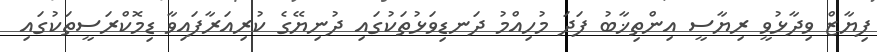
ފިޔާޒް ވިދާޅުވީ ރިޔާސީ އިންތިޚާބު ފަދަ މުހިއްމު ދަނޑިވަޅުތަކުގައި ދުނިޔޭގެ ކުރިއަރާފައިވާ ޑިމޮކްރަސީތަކުގައި